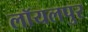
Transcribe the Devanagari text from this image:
लॉयलपुर